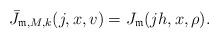
LaTeX: \begin{align*}\bar{J}_{\mathfrak{m},M,k}(j,x,v) = J_{\mathfrak{m}}(jh,x,\rho).\end{align*}